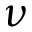
\nu